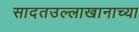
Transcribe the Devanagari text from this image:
सादतउल्लाखानाच्या